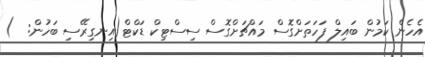
އެހެން ކަމުން ބައިލް ފަހަތަށްގޮސް މައްޗަށްގޮސް ސިސްޓިކް ޑަކްޓް(އިނގިރޭސި ބަހުން:  )